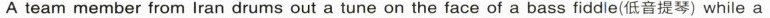
A team member from Iran drums out a tune on the face of a bass fiddle(低音提琴)while a